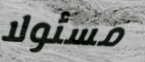
مسئولا